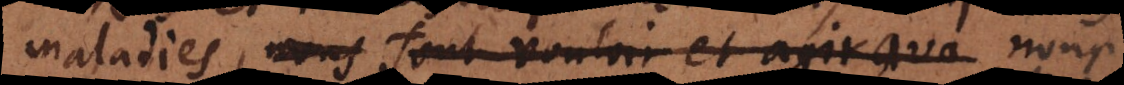
maladies, nous font vouloir et agir, a